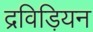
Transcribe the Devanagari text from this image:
द्रविड़ियन